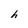
Character: h